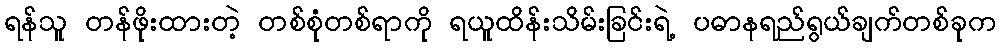
ရန်သူ တန်ဖိုးထားတဲ့ တစ်စုံတစ်ရာကို ရယူထိန်းသိမ်းခြင်းရဲ့ ပဓာနရည်ရွယ်ချက်တစ်ခုက